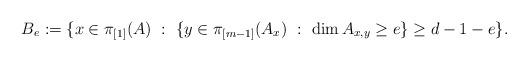
LaTeX: \begin{align*}B_e := \{ x \in \pi_{[1]}(A) \ : \ \{ y \in \pi_{[m-1]}(A_x) \ : \ \dim A_{x,y} \geq e \} \geq d-1-e\}.\end{align*}